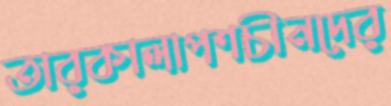
তারকালাপশচীনদের